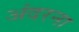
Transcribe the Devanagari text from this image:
अंदरना